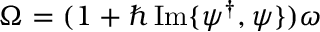
\Omega = ( 1 + \hbar \operatorname { I m } \{ \psi ^ { \dagger } , \psi \} ) \omega